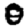
Digit: 0